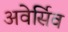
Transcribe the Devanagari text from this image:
अवेर्सिव